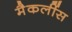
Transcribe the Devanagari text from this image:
मैकलींस